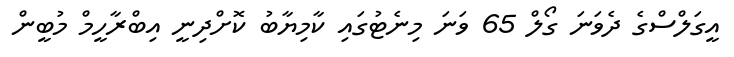
އީގަލްސްގެ ދެވަނަ ގޯލް 65 ވަނަ މިނެޓުގައި ކާމިޔާބު ކޮށްދިނީ އިބްރާހީމް މުބީން